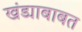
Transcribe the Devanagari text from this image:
खंड्याबाबत